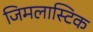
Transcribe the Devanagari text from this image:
जिमलास्टिक